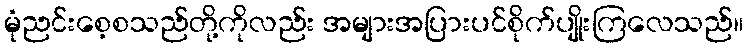
မုံညင်းစေ့စသည်တို့ကိုလည်း အများအပြားပင်စိုက်ပျိုးကြလေသည်။